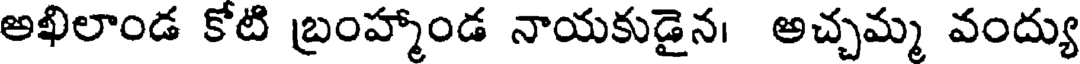
అఖిలాండ కోటి బ్రంహ్మాండ నాయకుడైన। అచ్చమ్మ వంద్యు